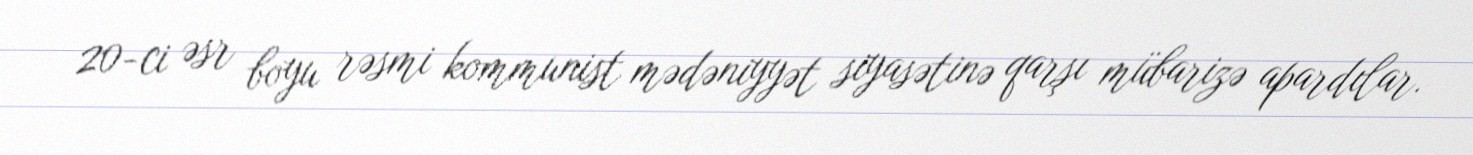
20-ci əsr boyu rəsmi kommunist mədəniyyət siyasətinə qarşı mübarizə apardılar.